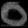
Digit: ၀